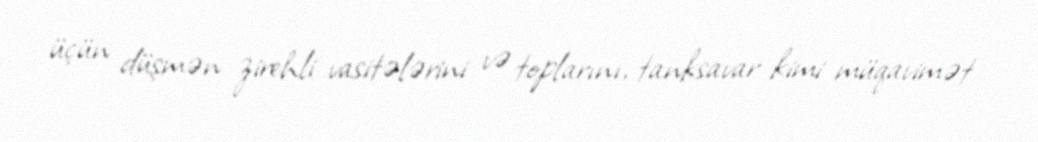
üçün düşmən zirehli vasitələrini və toplarını, tanksavar kimi müqavimət